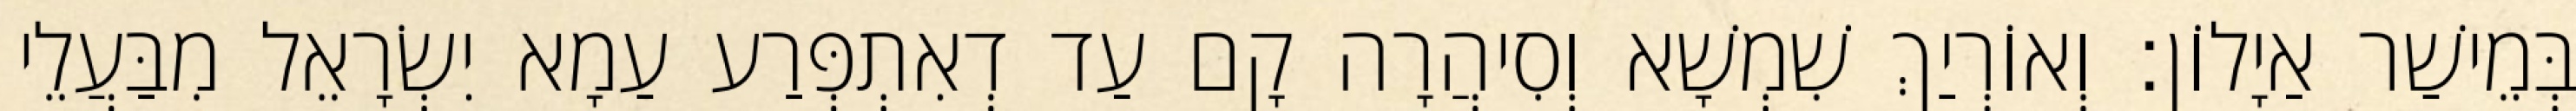
בְּמֵישַׁר אַיָלוֹן׃ וְאוֹרְיַךְ שִׁמְשָׁא וְסִיהֲרָה קָם עַד דְאִתְפְּרַע עַמָא יִשְׂרָאֵל מִבַּעֲלֵי